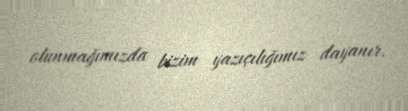
olunmağımızda bizim yazıçılığımız dayanır.